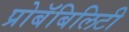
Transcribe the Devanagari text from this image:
प्रोबॅबिलिटी